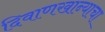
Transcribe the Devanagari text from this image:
दिवाणखान्याचा